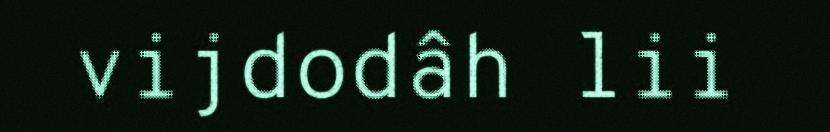
vijdodâh lii